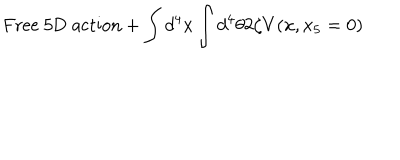
\mathrm { F r e e ~ 5 D ~ a c t i o n } + \int d ^ { 4 } x \int d ^ { 4 } \theta 2 \zeta V ( x , x _ { 5 } = 0 )